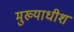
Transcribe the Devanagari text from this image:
मुख्याधीश